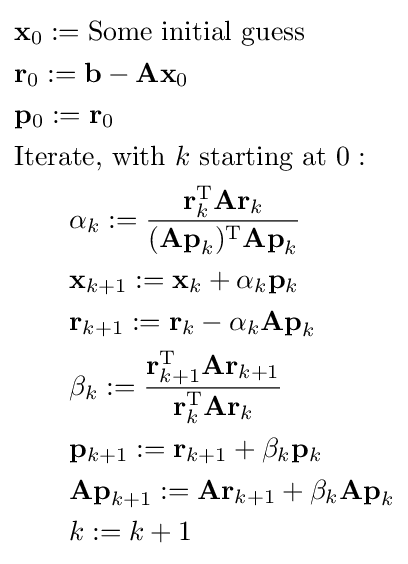
{\begin{aligned}&\mathbf {x} _{0}:={\text{Some initial guess}}\\&\mathbf {r} _{0}:=\mathbf {b} -\mathbf {Ax} _{0}\\&\mathbf {p} _{0}:=\mathbf {r} _{0}\\&{\text{Iterate, with }}k{\text{ starting at }}0:\\&\qquad \alpha _{k}:={\frac {\mathbf {r} _{k}^{\mathrm {T} }\mathbf {Ar} _{k}}{(\mathbf {Ap} _{k})^{\mathrm {T} }\mathbf {Ap} _{k}}}\\&\qquad \mathbf {x} _{k+1}:=\mathbf {x} _{k}+\alpha _{k}\mathbf {p} _{k}\\&\qquad \mathbf {r} _{k+1}:=\mathbf {r} _{k}-\alpha _{k}\mathbf {Ap} _{k}\\&\qquad \beta _{k}:={\frac {\mathbf {r} _{k+1}^{\mathrm {T} }\mathbf {Ar} _{k+1}}{\mathbf {r} _{k}^{\mathrm {T} }\mathbf {Ar} _{k}}}\\&\qquad \mathbf {p} _{k+1}:=\mathbf {r} _{k+1}+\beta _{k}\mathbf {p} _{k}\\&\qquad \mathbf {Ap} _{k+1}:=\mathbf {Ar} _{k+1}+\beta _{k}\mathbf {Ap} _{k}\\&\qquad k:=k+1\end{aligned}}